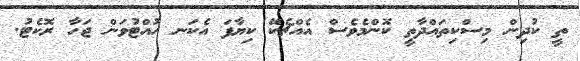
ތީ ކުދިން މިސްކިތައްދާތީ ކޮންމެވެސް އެއްޗެކޭ ކިޔާފަ އެކަނ ހުއްޓުވަން ޖަހާ ރޮކެޓު.